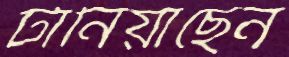
টানিয়াছেন